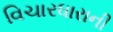
વિચારધારાની